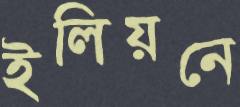
ইলিয়নে